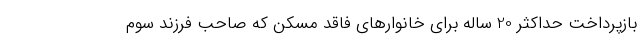
بازپرداخت حداکثر 20 ساله برای خانوارهای فاقد مسکن که صاحب فرزند سوم